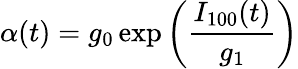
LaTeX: \alpha(t)=g_{0}\exp\left(\frac{I_{100}(t)}{g_{1}}\right)